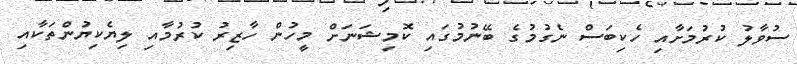
ސުވާލު ކުރުމަށާއި ހެކިބަސް ނެގުމުގެ ބޭނުމުގައި ކޮމިޝަނަށް މީހުން ހާޒިރު ކުރުމާއި ލިޔެކިޔުންތަކާއި